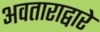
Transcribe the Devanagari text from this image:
अवताराद्वारे